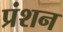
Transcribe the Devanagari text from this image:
प्रंशन